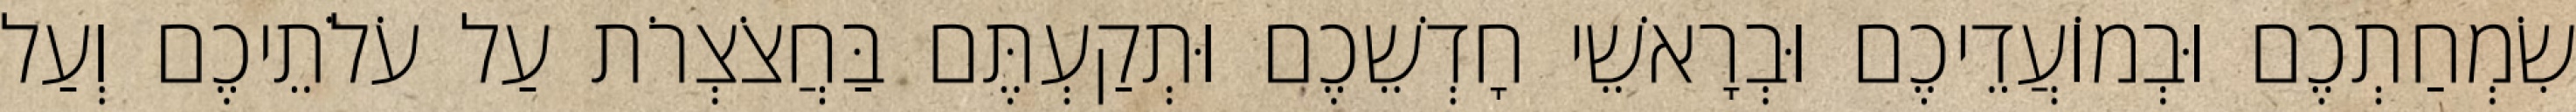
שִׂמְחַתְכֶם וּבְמוֹעֲדֵיכֶם וּבְרָאשֵׁי חָדְשֵׁכֶם וּתְקַעְתֶּם בַּחֲצֹצְרֹת עַל עֹלֹתֵיכֶם וְעַל